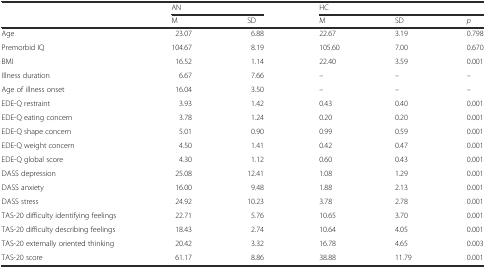
<table><thead><tr><td rowspan="2"></td><td colspan="2"><b>AN</b></td><td colspan="3"><b>HC</b></td></tr><tr><td><b>M</b></td><td><b>SD</b></td><td><b>M</b></td><td><b>SD</b></td><td><b><i>p</i></b></td></tr></thead><tbody><tr><td>Age</td><td>23.07</td><td>6.88</td><td>22.67</td><td>3.19</td><td>0.798</td></tr><tr><td>Premorbid IQ</td><td>104.67</td><td>8.19</td><td>105.60</td><td>7.00</td><td>0.670</td></tr><tr><td>BMI</td><td>16.52</td><td>1.14</td><td>22.40</td><td>3.59</td><td>0.001</td></tr><tr><td>Illness duration</td><td>6.67</td><td>7.66</td><td>–</td><td>–</td><td>–</td></tr><tr><td>Age of illness onset</td><td>16.04</td><td>3.50</td><td>–</td><td>–</td><td>–</td></tr><tr><td>EDE-Q restraint</td><td>3.93</td><td>1.42</td><td>0.43</td><td>0.40</td><td>0.001</td></tr><tr><td>EDE-Q eating concern</td><td>3.78</td><td>1.24</td><td>0.20</td><td>0.20</td><td>0.001</td></tr><tr><td>EDE-Q shape concern</td><td>5.01</td><td>0.90</td><td>0.99</td><td>0.59</td><td>0.001</td></tr><tr><td>EDE-Q weight concern</td><td>4.50</td><td>1.41</td><td>0.42</td><td>0.47</td><td>0.001</td></tr><tr><td>EDE-Q global score</td><td>4.30</td><td>1.12</td><td>0.60</td><td>0.43</td><td>0.001</td></tr><tr><td>DASS depression</td><td>25.08</td><td>12.41</td><td>1.08</td><td>1.29</td><td>0.001</td></tr><tr><td>DASS anxiety</td><td>16.00</td><td>9.48</td><td>1.88</td><td>2.13</td><td>0.001</td></tr><tr><td>DASS stress</td><td>24.92</td><td>10.23</td><td>3.78</td><td>2.78</td><td>0.001</td></tr><tr><td>TAS-20 difficulty identifying feelings</td><td>22.71</td><td>5.76</td><td>10.65</td><td>3.70</td><td>0.001</td></tr><tr><td>TAS-20 difficulty describing feelings</td><td>18.43</td><td>2.74</td><td>10.64</td><td>4.05</td><td>0.001</td></tr><tr><td>TAS-20 externally oriented thinking</td><td>20.42</td><td>3.32</td><td>16.78</td><td>4.65</td><td>0.003</td></tr><tr><td>TAS-20 score</td><td>61.17</td><td>8.86</td><td>38.88</td><td>11.79</td><td>0.001</td></tr></tbody></table>